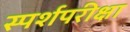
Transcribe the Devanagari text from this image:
स्पर्शपरीक्षा